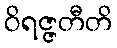
ဝိရဇ္ဇတီတိ